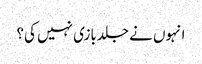
انہوں نے جلدبازی نہیں کی؟